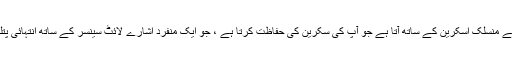
کے ون بھی پہلے سے منسلک اسکرین کے ساتھ آتا ہے جو آپ کی سکرین کی حفاظت کرتا ہے ، جو ایک منفرد اشارے لائٹ سینسر کے ساتھ انتہائی پتلی سے کام کرتا ہے۔